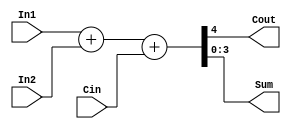
module FA_dataflow (Cout, Sum,In1,In2,Cin);
  input [3:0]In1,In2;
  input Cin;
  output Cout;
  output [3:0]Sum;
  wire [3:0]binvert;
  assign binvert = In2 ^ {3{Cin}};
  assign {Cout,Sum}=In1+In2+Cin;
endmodule